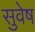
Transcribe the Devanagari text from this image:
सुवेष